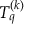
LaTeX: T _ { q } ^ { ( k ) }